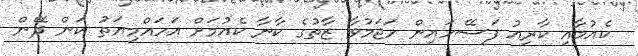
ކެއުމާއި ކާރިއު ފަސޭހައިން ހަޖަމުވާ ޒާތުގެ ކާނާ ކެއުމަށް އަހައްމިޔަތު ކަން ދޭން